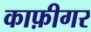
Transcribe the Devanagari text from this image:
काफ़ीगर